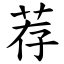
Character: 荐